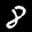
Label: 8